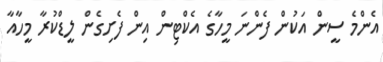
އެންމެ ސީން އަކުން ފެންނަ މީހާގެ އެކްޓިން އިން ފެށިގެން ލީޑްކުރާ މީހާއާ